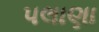
પલાણા